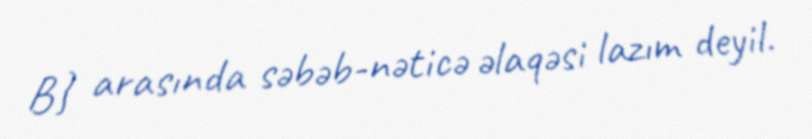
B} arasında səbəb-nəticə əlaqəsi lazım deyil.